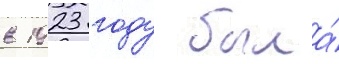
в 1923 году была́